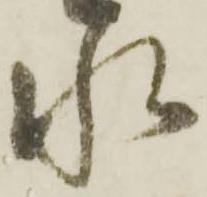
水